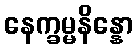
နေက္ခမ္မနိန္နော